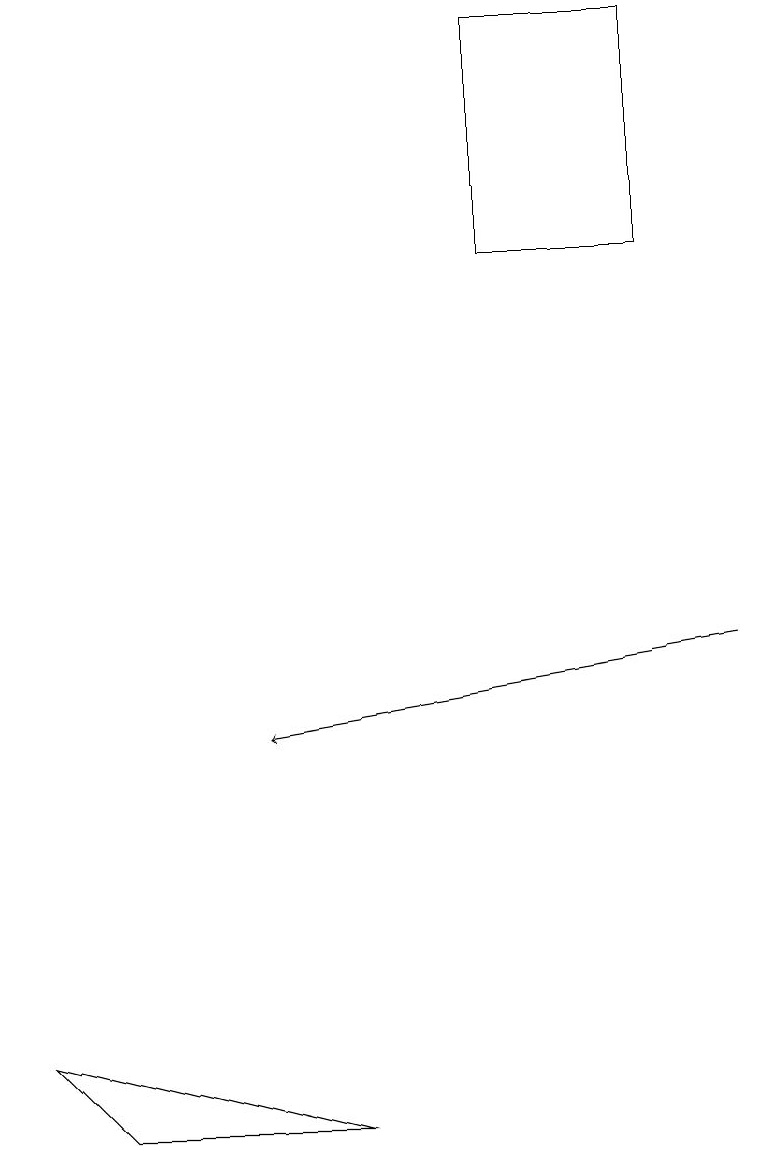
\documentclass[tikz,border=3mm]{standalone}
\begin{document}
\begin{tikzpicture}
\draw[->] (9,11) -- (3,10);
\draw (8,19) rectangle (6,16);
\draw (4,5) -- (1,5) -- (0,6) -- cycle;
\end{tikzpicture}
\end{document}